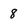
Character: 8